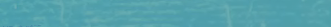
مقهى النيل الجديد يقدم لك